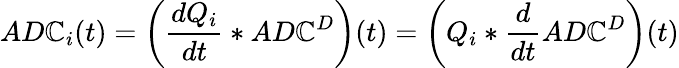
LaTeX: AD\mathbb{C}_{i}(t)=\left(\frac{{dQ_{i}}}{{dt}}*AD\mathbb{C}^{D}\right)(t)=\left(Q_{i}*\frac{{d}}{{dt}}AD\mathbb{C}^{D}\right)(t)